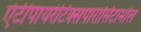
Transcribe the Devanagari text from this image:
एंटीपायरेटिक्सपारासिटामोल